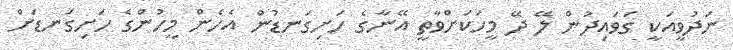
ނަދުވީއަކީ ގަވައިދުން ލޭ ދޭ މީހަކަށްވާތީ އޭނާގެ ހަށިގަނޑުން އެހެން މީހުންގެ ހަށިގަނޑަށް